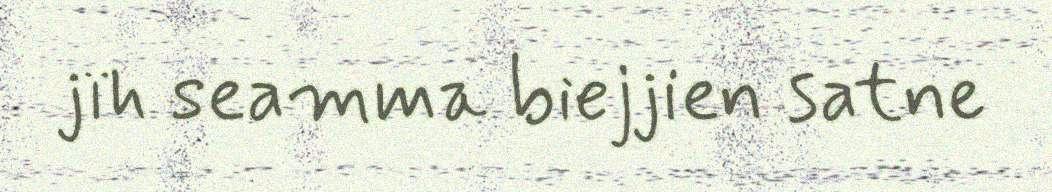
jïh seamma biejjien satne